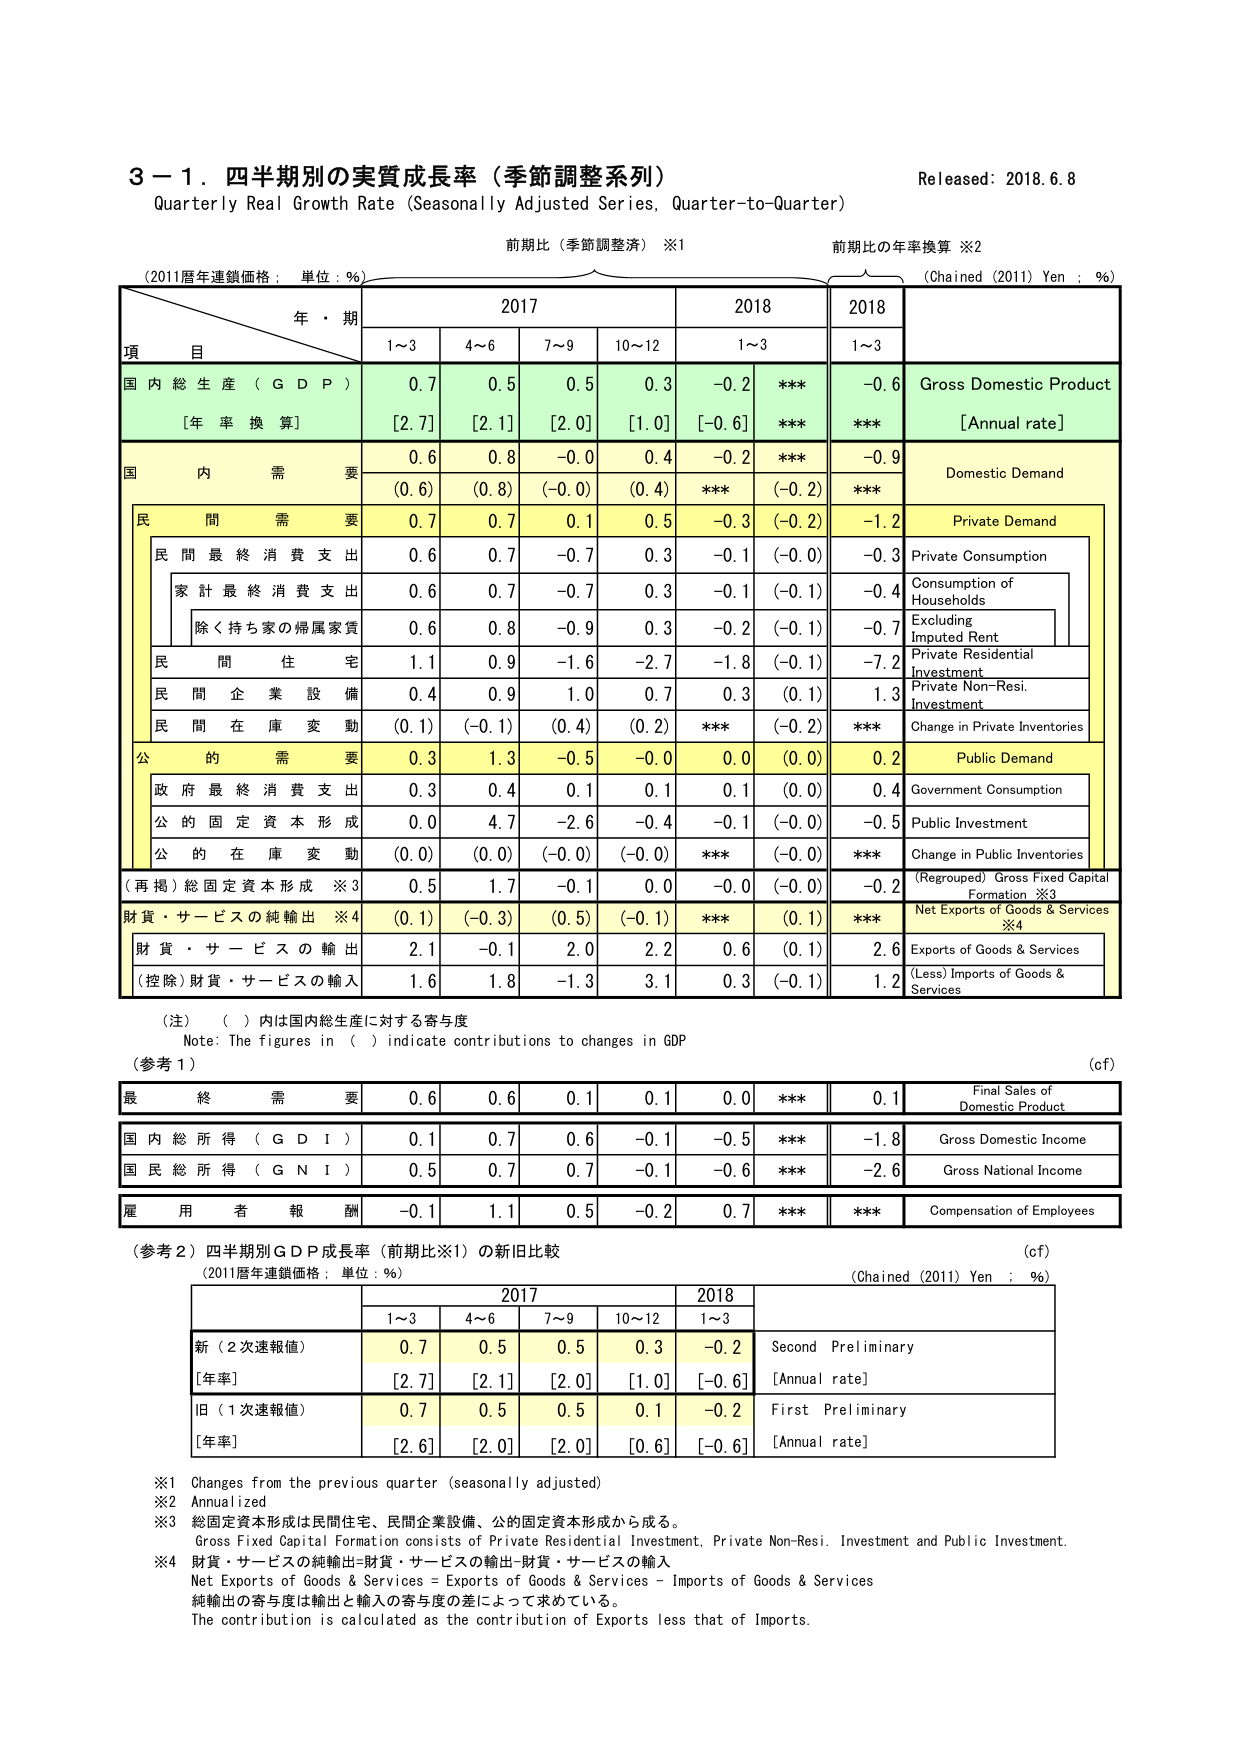
3－1．四半期別の実質成長率（季節調整系列）
Quarterly Real Growth Rate (Seasonally Adjusted Series, Quarter-to-Quarter)
Released: 2018.6.8

前期比（季節調整済）※1
前期比の年率換算 ※2
(2011暦年連鎖価格：単位：％)
(Chained (2011) Yen : %)

年・期
2017
2018
2018
1～3
4～6
7～9
10～12
1～3
1～3

項 目

国内総生産（GDP）
0.7
0.5
0.5
0.3
-0.2
***
-0.6
Gross Domestic Product
[年率換算]
[2.7]
[2.1]
[2.0]
[1.0]
[-0.6]
***
***
[Annual rate]

国内需要
0.6
0.8
-0.0
0.4
-0.2
***
-0.9
Domestic Demand
(0.6)
(0.8)
(-0.0)
(0.4)
***
(-0.2)
***

民間需要
0.7
0.7
0.1
0.5
-0.3
(-0.2)
-1.2
Private Demand

民間最終消費支出
0.6
0.7
-0.7
0.3
-0.1
(-0.0)
-0.3
Private Consumption

家計最終消費支出
0.6
0.7
-0.7
0.3
-0.1
(-0.1)
-0.4
Consumption of Households

除く持ち家の帰属家賃
0.6
0.8
-0.9
0.3
-0.2
(-0.1)
-0.7
Excluding Imputed Rent

民間住宅
1.1
0.9
-1.6
-2.7
-1.8
(-0.1)
-7.2
Private Residential Investment

民間企業設備
0.4
0.9
1.0
0.7
0.3
(0.1)
1.3
Private Non-Resi. Investment

民間在庫変動
(0.1)
(-0.1)
(0.4)
(0.2)
***
(-0.2)
***
Change in Private Inventories

公的需要
0.3
1.3
-0.5
-0.0
0.0
(0.0)
0.2
Public Demand

政府最終消費支出
0.3
0.4
0.1
0.1
0.1
(0.0)
0.4
Government Consumption

公的固定資本形成
0.0
4.7
-2.6
-0.4
-0.1
(-0.0)
-0.5
Public Investment

公的在庫変動
(0.0)
(0.0)
(-0.0)
(-0.0)
***
(-0.0)
***
Change in Public Inventories

（再掲）総固定資本形成 ※3
0.5
1.7
-0.1
0.0
-0.0
(-0.0)
-0.2
(Regrouped) Gross Fixed Capital Formation ※3

財貨・サービスの純輸出 ※4
(0.1)
(-0.3)
(0.5)
(-0.1)
***
(0.1)
***
Net Exports of Goods & Services ※4

財貨・サービスの輸出
2.1
-0.1
2.0
2.2
0.6
(0.1)
2.6
Exports of Goods & Services

（控除）財貨・サービスの輸入
1.6
1.8
-1.3
3.1
0.3
(-0.1)
1.2
(Less) Imports of Goods & Services

（注）（ ）内は国内総生産に対する寄与度
Note: The figures in ( ) indicate contributions to changes in GDP

（参考1）
(c.f)

最終需要
0.6
0.6
0.1
0.1
0.0
***
0.1
Final Sales of Domestic Product

国内総所得（GDI）
0.1
0.7
0.6
-0.1
-0.5
***
-1.8
Gross Domestic Income

国民総所得（GNI）
0.5
0.7
0.7
-0.1
-0.6
***
-2.6
Gross National Income

雇用者報酬
-0.1
1.1
0.5
-0.2
0.7
***
***
Compensation of Employees

（参考2）四半期別GDP成長率（前期比※1）の新旧比較
(c.f)
(2011暦年連鎖価格：単位：％)
(Chained (2011) Yen : %)

2017
2018
1～3
4～6
7～9
10～12
1～3

新（2次速報値）
0.7
0.5
0.5
0.3
-0.2
Second Preliminary
[年率]
[2.7]
[2.1]
[2.0]
[1.0]
[-0.6]
[Annual rate]

旧（1次速報値）
0.7
0.5
0.5
0.1
-0.2
First Preliminary
[年率]
[2.6]
[2.0]
[2.0]
[0.6]
[-0.6]
[Annual rate]

※1 Changes from the previous quarter (seasonally adjusted)
※2 Annualized
※3 総固定資本形成は民間住宅、民間企業設備、公的固定資本形成から成る。
Gross Fixed Capital Formation consists of Private Residential Investment, Private Non-Resi. Investment and Public Investment.
※4 財貨・サービスの純輸出＝財貨・サービスの輸出－財貨・サービスの輸入
Net Exports of Goods & Services = Exports of Goods & Services – Imports of Goods & Services
純輸出の寄与度は輸出と輸入の寄与度の差によって求めている。
The contribution is calculated as the contribution of Exports less that of Imports.